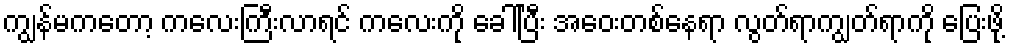
ကျွန်မကတော့ ကလေးကြီးလာရင် ကလေးကို ခေါ်ပြီး အဝေးတစ်နေရာ လွတ်ရာကျွတ်ရာကို ပြေးဖို့